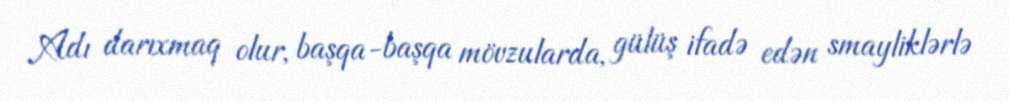
Adı darıxmaq olur, başqa-başqa mövzularda, gülüş ifadə edən smayliklərlə